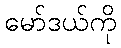
မော်ဒယ်ကို